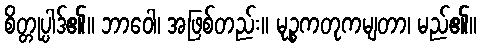
စိတ္တုပ္ပါဒ်၏။ ဘာဝေါ၊ အဖြစ်တည်း။ မုဉ္စကတုကမျတာ၊ မည်၏။